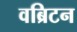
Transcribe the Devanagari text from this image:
वब्रिटन